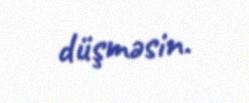
düşməsin.